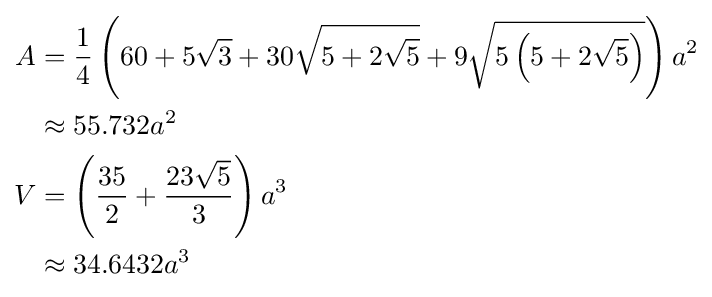
{\begin{aligned}A&={\frac {1}{4}}\left(60+5{\sqrt {3}}+30{\sqrt {5+2{\sqrt {5}}}}+9{\sqrt {5\left(5+2{\sqrt {5}}\right)}}\right)a^{2}\\&\approx 55.732a^{2}\\V&=\left({\frac {35}{2}}+{\frac {23{\sqrt {5}}}{3}}\right)a^{3}\\&\approx 34.6432a^{3}\end{aligned}}